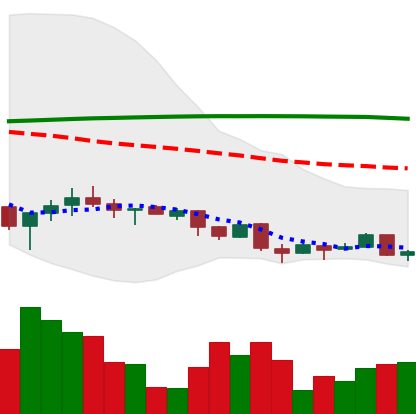
Ticker: XMR-USD
Chart end date: 2018-04-05
Forward return: -4.465%
Label: down_3_5